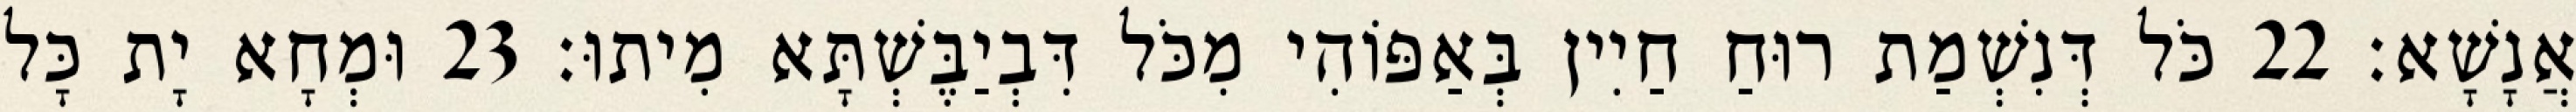
אֲנָשָׁא׃ 22 כֹּל דְּנִשְׁמַת רוּחַ חַיִין בְּאַפּוֹהִי מִכֹּל דִּבְיַבֶּשְׁתָּא מִיתוּ׃ 23 וּמְחָא יָת כָּל